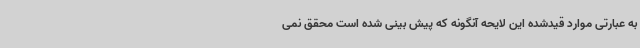
به عبارتی موارد قیدشده این لایحه آنگونه که پیش بینی شده است محقق نمی